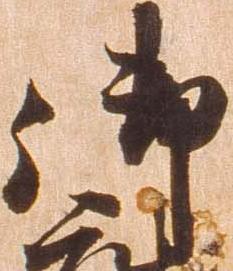
御